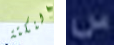
النكتة س